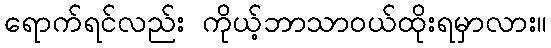
ရောက်ရင်လည်း ကိုယ့်ဘာသာဝယ်ထိုးရမှာလား။